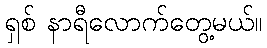
ရှစ် နာရီလောက်တွေ့မယ်။